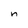
Character: n